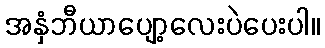
အနှံဘီယာပျော့လေးပဲပေးပါ။